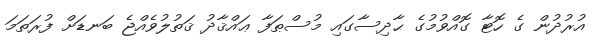
އުރުދުން ގެ ހޮޓާ ގޮއްވުމުގެ ޙާދިސާގައި މުސްޠަފާ ޢައްޤާދު ޤަތުލުވެއްޖެ ބަނޑަށް ފުރަތަމަ